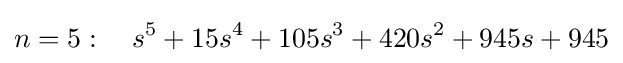
n=5:\quad s^{5}+15s^{4}+105s^{3}+420s^{2}+945s+945